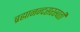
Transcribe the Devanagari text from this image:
ब्रह्मानन्दसरस्वती